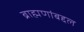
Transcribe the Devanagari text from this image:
ब्राह्मणांबद्दल